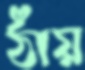
ঠাঁয়